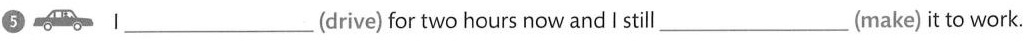
5 I __ (drive) for two hours now and I still ___ (make) it to work.